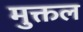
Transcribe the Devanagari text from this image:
मुक्तल